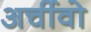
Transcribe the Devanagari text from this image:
अर्चीवो